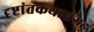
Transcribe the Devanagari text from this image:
दृष्टांतकथासंग्रह